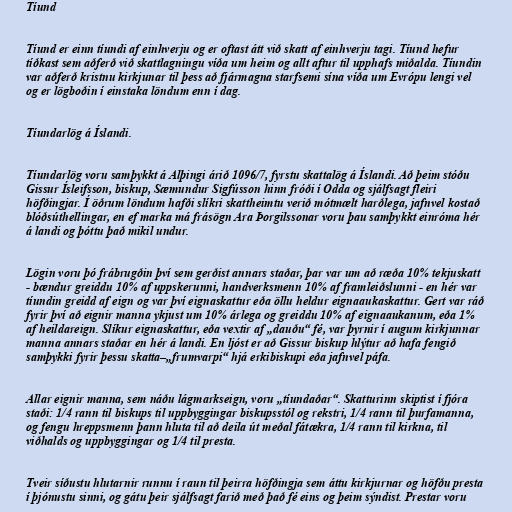
Tíund

Tíund er einn tíundi af einhverju og er oftast átt við skatt af einhverju tagi. Tíund hefur
tíðkast sem aðferð við skattlagningu víða um heim og allt aftur til upphafs miðalda. Tíundin
var aðferð kristnu kirkjunar til þess að fjármagna starfsemi sína víða um Evrópu lengi vel
og er lögboðin í einstaka löndum enn í dag.

Tíundarlög á Íslandi.

Tíundarlög voru samþykkt á Alþingi árið 1096/7, fyrstu skattalög á Íslandi. Að þeim stóðu
Gissur Ísleifsson, biskup, Sæmundur Sigfússon hinn fróði í Odda og sjálfsagt fleiri
höfðingjar. Í öðrum löndum hafði slíkri skattheimtu verið mótmælt harðlega, jafnvel kostað
blóðsúthellingar, en ef marka má frásögn Ara Þorgilssonar voru þau samþykkt einróma hér
á landi og þóttu það mikil undur.

Lögin voru þó frábrugðin því sem gerðist annars staðar, þar var um að ræða 10% tekjuskatt
- bændur greiddu 10% af uppskerunni, handverksmenn 10% af framleiðslunni - en hér var
tíundin greidd af eign og var því eignaskattur eða öllu heldur eignaaukaskattur. Gert var ráð
fyrir því að eignir manna ykjust um 10% árlega og greiddu 10% af eignaaukanum, eða 1%
af heildareign. Slíkur eignaskattur, eða vextir af „dauðu“ fé, var þyrnir í augum kirkjunnar
manna annars staðar en hér á landi. En ljóst er að Gissur biskup hlýtur að hafa fengið
samþykki fyrir þessu skatta–„frumvarpi“ hjá erkibiskupi eða jafnvel páfa.

Allar eignir manna, sem náðu lágmarkseign, voru „tíundaðar“. Skatturinn skiptist í fjóra
staði: 1/4 rann til biskups til uppbyggingar biskupsstól og rekstri, 1/4 rann til þurfamanna,
og fengu hreppsmenn þann hluta til að deila út meðal fátækra, 1/4 rann til kirkna, til
viðhalds og uppbyggingar og 1/4 til presta.

Tveir síðustu hlutarnir runnu í raun til þeirra höfðingja sem áttu kirkjurnar og höfðu presta
í þjónustu sinni, og gátu þeir sjálfsagt farið með það fé eins og þeim sýndist. Prestar voru